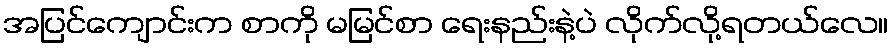
အပြင်ကျောင်းက စာကို မမြင်စာ ရေးနည်းနဲ့ပဲ လိုက်လို့ရတယ်လေ။